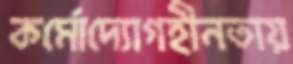
কর্মোদ্যোগহীনতায়